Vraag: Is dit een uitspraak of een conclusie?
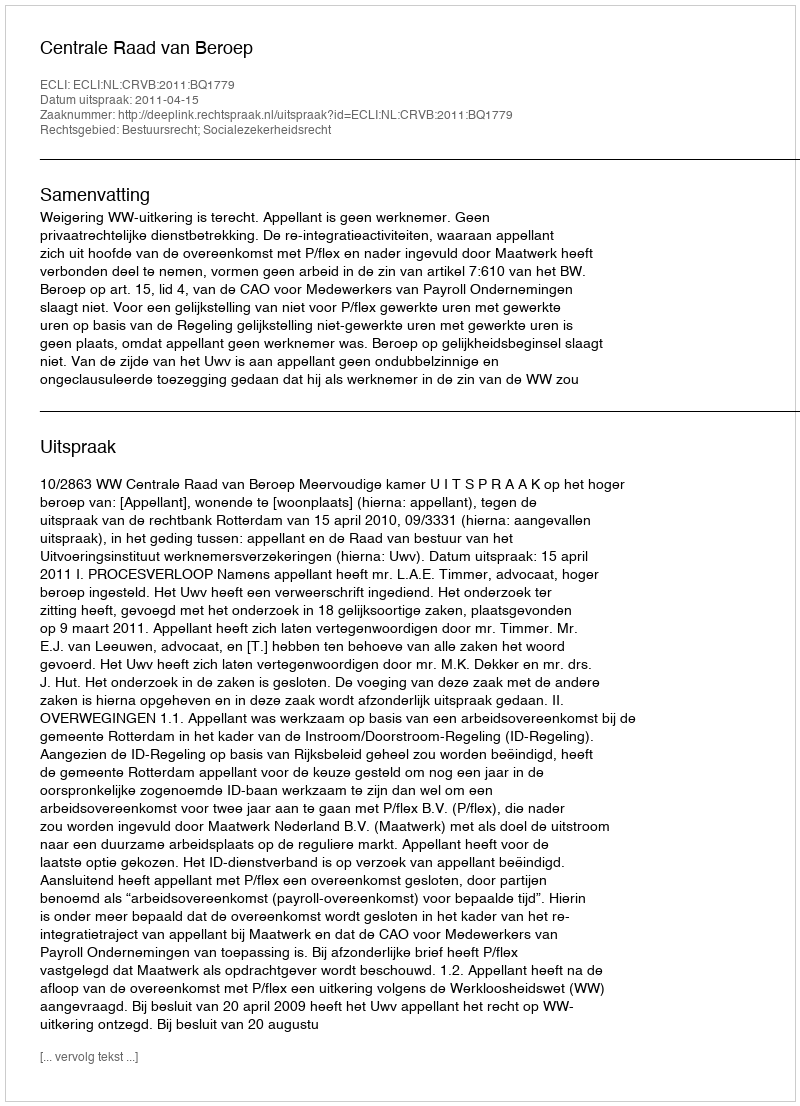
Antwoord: Uitspraak